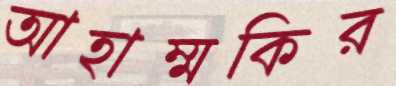
আহাম্মকির